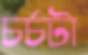
চর্চটা